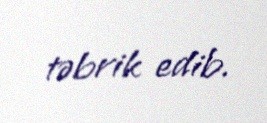
təbrik edib.